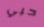
حبي